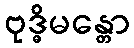
ဗုဒ္ဓိမန္တော